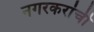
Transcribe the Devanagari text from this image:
नगरकरांची